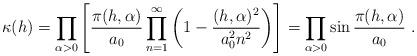
LaTeX: \begin{align*}\kappa(h) =\prod\limits_{\alpha >0}\left[\frac{\pi (h,\alpha )}{a_0}\prod\limits_{n=1}^\infty\left(1-\frac{(h,\alpha )^2}{a_0^2n^2}\right)\right] =\prod\limits_{\alpha >0}\sin\frac{\pi (h,\alpha )}{a_0}\ .\end{align*}